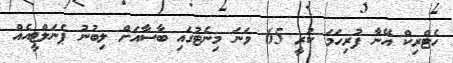
ހެޓްރިކް އޭނާ ފުރިހަމަ ކުރީ 65 ވަނަ މިނެޓުގައި ބާސާއަށް ލިބުނު ޕެނަލްޓީއެއް